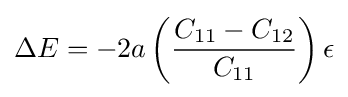
\Delta E=-2a\left({\frac {C_{11}-C_{12}}{C_{11}}}\right)\epsilon